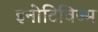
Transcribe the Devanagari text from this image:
इनोटिविज्म